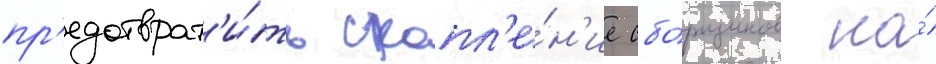
пр'едотврат'и́ть скопл'е́н'ие сбо́рщиков на́